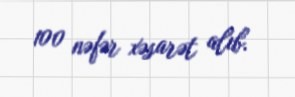
100 nəfər xəsarət alıb.